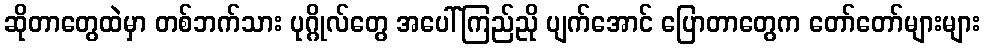
ဆိုတာတွေထဲမှာ တစ်ဘက်သား ပုဂ္ဂိုလ်တွေ အပေါ်ကြည်ညို ပျက်အောင် ပြောတာတွေက တော်တော်များများ